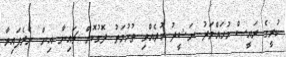
ކުރީގެ ރައީސް މުހައްމަދު ނަޝީދު ކުރެއްވި ތުހުމަތު ދޮގުކޮށް ޗައިނާ އިން ނެރެފައިވާ